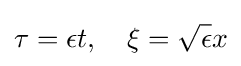
\tau =\epsilon t,\quad \xi ={\sqrt {\epsilon }}x